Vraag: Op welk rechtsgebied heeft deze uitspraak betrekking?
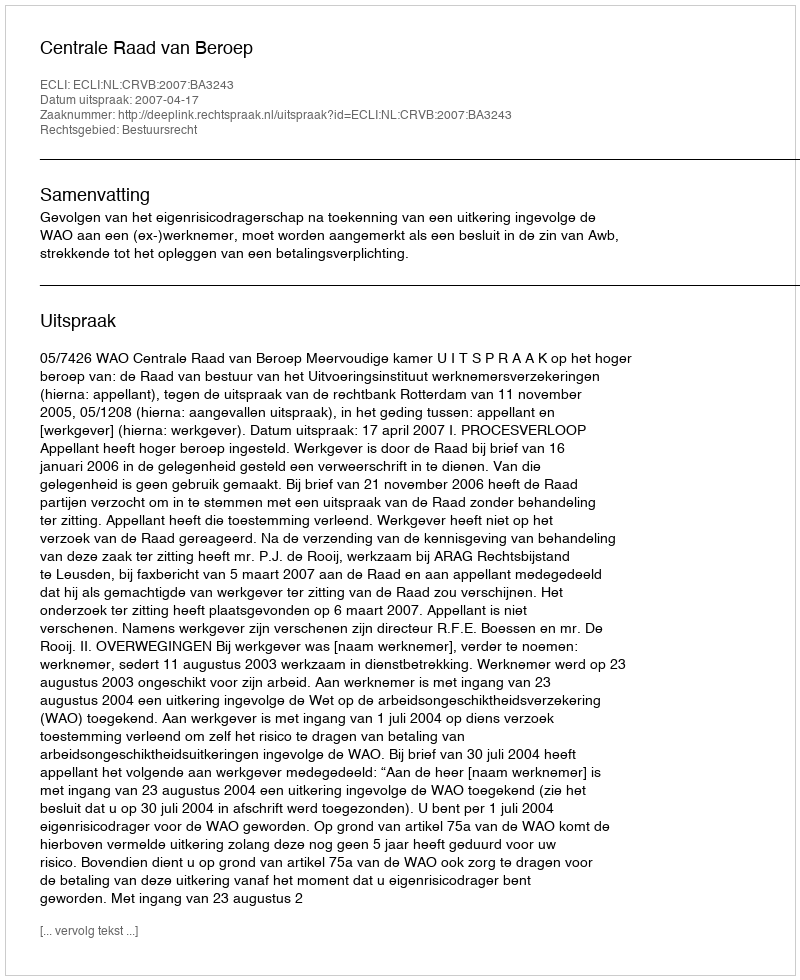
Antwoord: Bestuursrecht